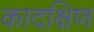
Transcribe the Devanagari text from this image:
कादक्षिण